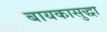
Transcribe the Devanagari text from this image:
बायकासुद्धा